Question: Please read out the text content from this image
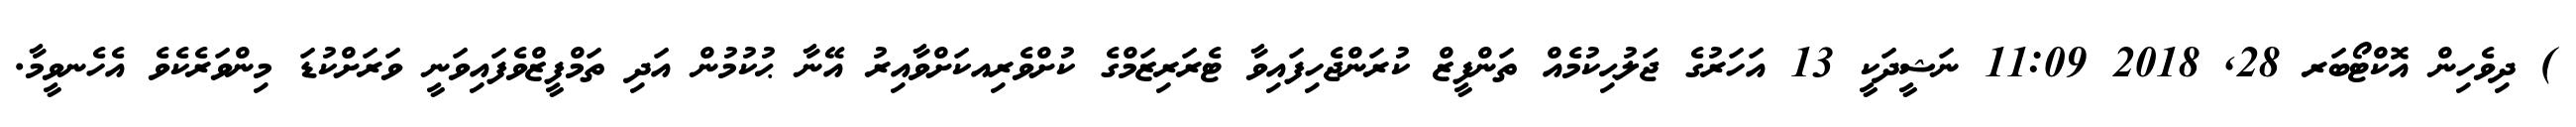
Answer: ) ދިވެހިން އޮކްޓޯބަރ 28, 2018 11:09 ނަޝީދަކީ 13 އަހަރުގެ ޖަލުޙިކުމެއް ތަންފީޒް ކުރަންޖެހިފައިވާ ޓެރަރިޒަމްގެ ކުށްވެރިއކަށްވާއިރު އޭނާ ޙުކުމުން އަދި ތަމްފީޒްވެފައިވަނީ ވަރަށްކުޑަ މިންވަރެކެވެ އެހެނވީމާ.